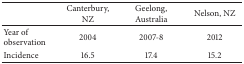
|  | Canterbury, NZ | Geelong, Australia | Nelson, NZ |
 | --- | --- | --- | --- |
 | Year of observation | 2004 | 2007-8 | 2012 |
 | Incidence | 16.5 | 17.4 | 15.2 |